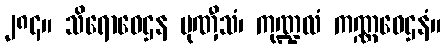
၂၈၄။ သိရောဝေဌန မုဏှီသံ၊ ကုဏ္ဍလံ ကဏ္ဏဝေဌနံ။